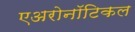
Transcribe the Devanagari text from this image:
एअरोनॉटिकल